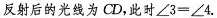
反射后的光线为CD，此时$$\angle 3 = \angle 4$$.